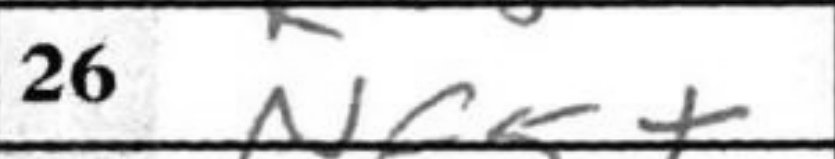
Transcription: Nc5+